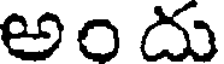
అందు